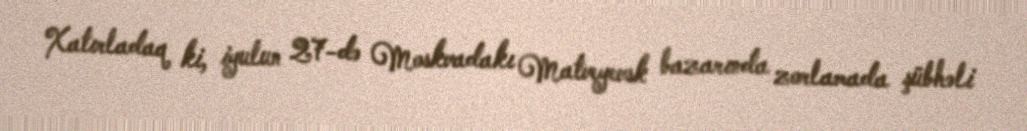
Xatırladaq ki, iyulun 27-də Moskvadakı Matveyevsk bazarında zorlamada şübhəli